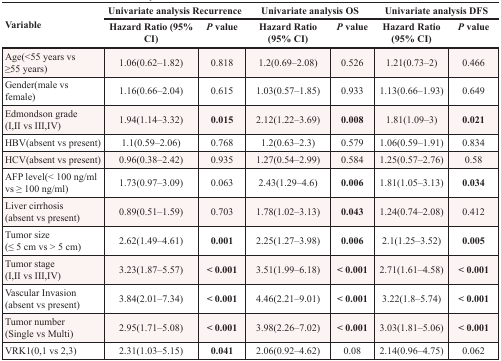
<table><thead><tr><td rowspan="2"><b>Variable</b></td><td colspan="2"><b>Univariate analysis Recurrence</b></td><td colspan="2"><b>Univariate analysis OS</b></td><td colspan="2"><b>Univariate analysis DFS</b></td></tr><tr><td><b>Hazard Ratio (95% CI)</b></td><td><b><i>P</i> value</b></td><td><b>Hazard Ratio (95% CI)</b></td><td><b><i>P</i> value</b></td><td><b>Hazard Ratio (95% CI)</b></td><td><b><i>P</i> value</b></td></tr></thead><tbody><tr><td>Age(&lt;55 years vs ≥55 years)</td><td>1.06(0.62–1.82)</td><td>0.818</td><td>1.2(0.69–2.08)</td><td>0.526</td><td>1.21(0.73–2)</td><td>0.466</td></tr><tr><td>Gender(male vs female)</td><td>1.16(0.66–2.04)</td><td>0.615</td><td>1.03(0.57–1.85)</td><td>0.933</td><td>1.13(0.66–1.93)</td><td>0.649</td></tr><tr><td>Edmondson grade (I,II vs III,IV)</td><td>1.94(1.14–3.32)</td><td><b>0.015</b></td><td>2.12(1.22–3.69)</td><td><b>0.008</b></td><td>1.81(1.09–3)</td><td><b>0.021</b></td></tr><tr><td>HBV(absent vs present)</td><td>1.1(0.59–2.06)</td><td>0.768</td><td>1.2(0.63–2.3)</td><td>0.579</td><td>1.06(0.59–1.91)</td><td>0.834</td></tr><tr><td>HCV(absent vs present)</td><td>0.96(0.38–2.42)</td><td>0.935</td><td>1.27(0.54–2.99)</td><td>0.584</td><td>1.25(0.57–2.76)</td><td>0.58</td></tr><tr><td>AFP level(&lt; 100 ng/ml vs ≥ 100 ng/ml)</td><td>1.73(0.97–3.09)</td><td>0.063</td><td>2.43(1.29–4.6)</td><td><b>0.006</b></td><td>1.81(1.05–3.13)</td><td><b>0.034</b></td></tr><tr><td>Liver cirrhosis (absent vs present)</td><td>0.89(0.51–1.59)</td><td>0.703</td><td>1.78(1.02–3.13)</td><td><b>0.043</b></td><td>1.24(0.74–2.08)</td><td>0.412</td></tr><tr><td>Tumor size (≤ 5 cm vs &gt; 5 cm)</td><td>2.62(1.49–4.61)</td><td><b>0.001</b></td><td>2.25(1.27–3.98)</td><td><b>0.006</b></td><td>2.1(1.25–3.52)</td><td><b>0.005</b></td></tr><tr><td>Tumor stage (I,II vs III,IV)</td><td>3.23(1.87–5.57)</td><td><b>&lt; 0.001</b></td><td>3.51(1.99–6.18)</td><td><b>&lt; 0.001</b></td><td>2.71(1.61–4.58)</td><td><b>&lt; 0.001</b></td></tr><tr><td>Vascular Invasion (absent vs present)</td><td>3.84(2.01–7.34)</td><td><b>&lt; 0.001</b></td><td>4.46(2.21–9.01)</td><td><b>&lt; 0.001</b></td><td>3.22(1.8–5.74)</td><td><b>&lt; 0.001</b></td></tr><tr><td>Tumor number (Single vs Multi)</td><td>2.95(1.71–5.08)</td><td><b>&lt; 0.001</b></td><td>3.98(2.26–7.02)</td><td><b>&lt; 0.001</b></td><td>3.03(1.81–5.06)</td><td><b>&lt; 0.001</b></td></tr><tr><td>VRK1(0,1 vs 2,3)</td><td>2.31(1.03–5.15)</td><td><b>0.041</b></td><td>2.06(0.92–4.62)</td><td>0.08</td><td>2.14(0.96–4.75)</td><td>0.062</td></tr></tbody></table>